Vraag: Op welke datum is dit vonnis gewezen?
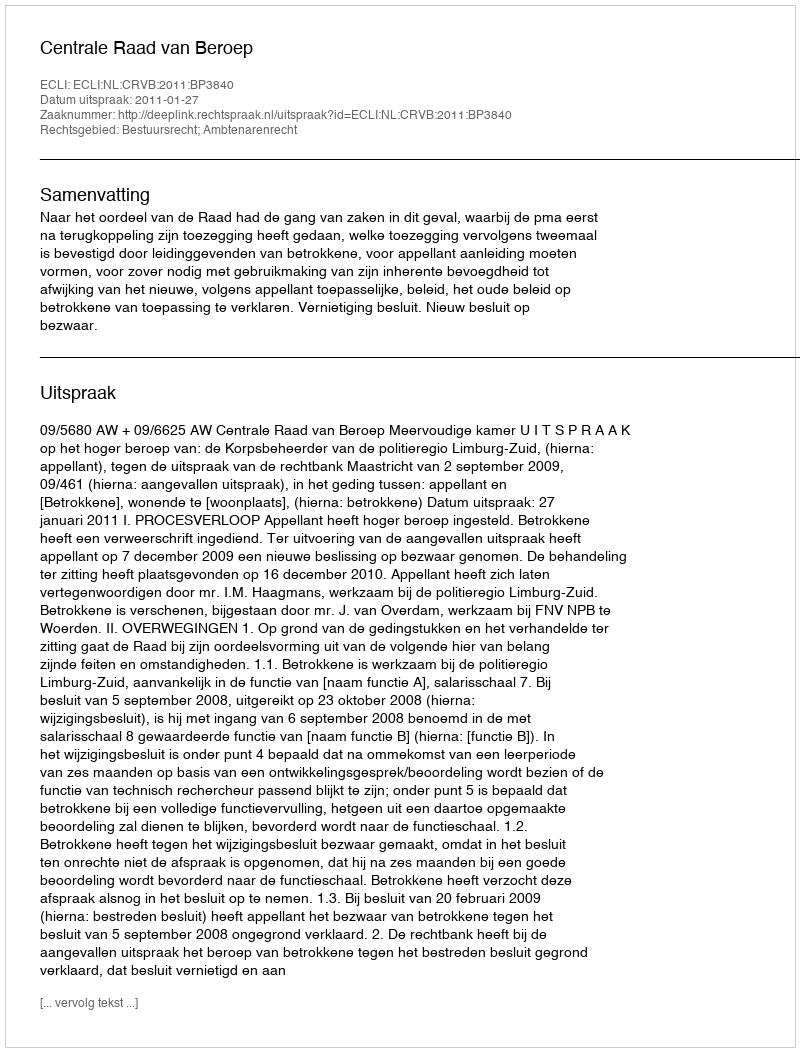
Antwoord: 2011-01-27